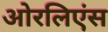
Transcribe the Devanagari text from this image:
ओरलिएंस